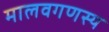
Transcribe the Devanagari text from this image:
मालवगणस्य